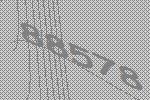
88578